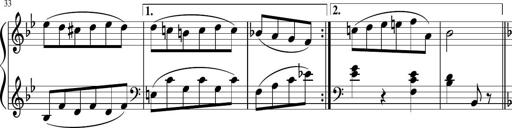
Title: 3 Sonatinen
Composer: Heinrich Lichner